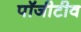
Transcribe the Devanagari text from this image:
पॉजीटीव